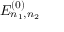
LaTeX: E _ { n _ { 1 } , n _ { 2 } } ^ { ( 0 ) }